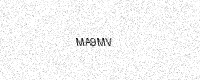
Text: MA9MV